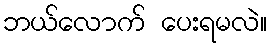
ဘယ်လောက် ပေးရမလဲ။